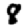
Digit: 8